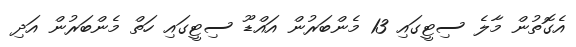
އެގޮތުން މާލެ ސިޓީގައި 13 މެންބަރުން އައްޑޫ ސިޓީގައި ހަތް މެންބަރުން އަދި